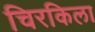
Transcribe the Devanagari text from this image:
चिरकिला